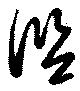
監